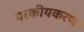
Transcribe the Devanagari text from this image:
परकीयकरण